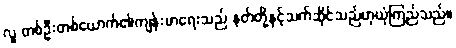
လူ တစ်ဦးတစ်ယောက်၏ကျန်းမာရေးသည် နတ်တို့နှင့်သက်ဆိုင်သည်ဟုယုံကြည်သည်။